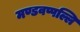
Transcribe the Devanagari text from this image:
मण्डवप्पल्लि